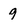
Character: g